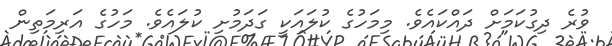
ވުރެ ދިގުކަމަށް ދައްކައެވެ. މިމަހުގެ ކުލައަކީ ގަދަމުށި ކުލައެވެ. މަހުގެ އަރިމަތިން